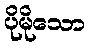
ပိုမိုသော